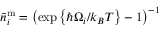
\bar { n } _ { i } ^ { \mathrm { m } } = \left( \exp \left\{ \hbar \Omega _ { i } / k _ { B } T \right\} - 1 \right) ^ { - 1 }